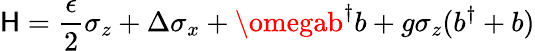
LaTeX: \mathsf{H}=\frac{{\epsilon}}{{2}}\sigma_{z}+\Delta\sigma_{x}+\omegab^{\dagger}b+g\sigma_{z}(b^{\dagger}+b)